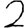
Digit: 2